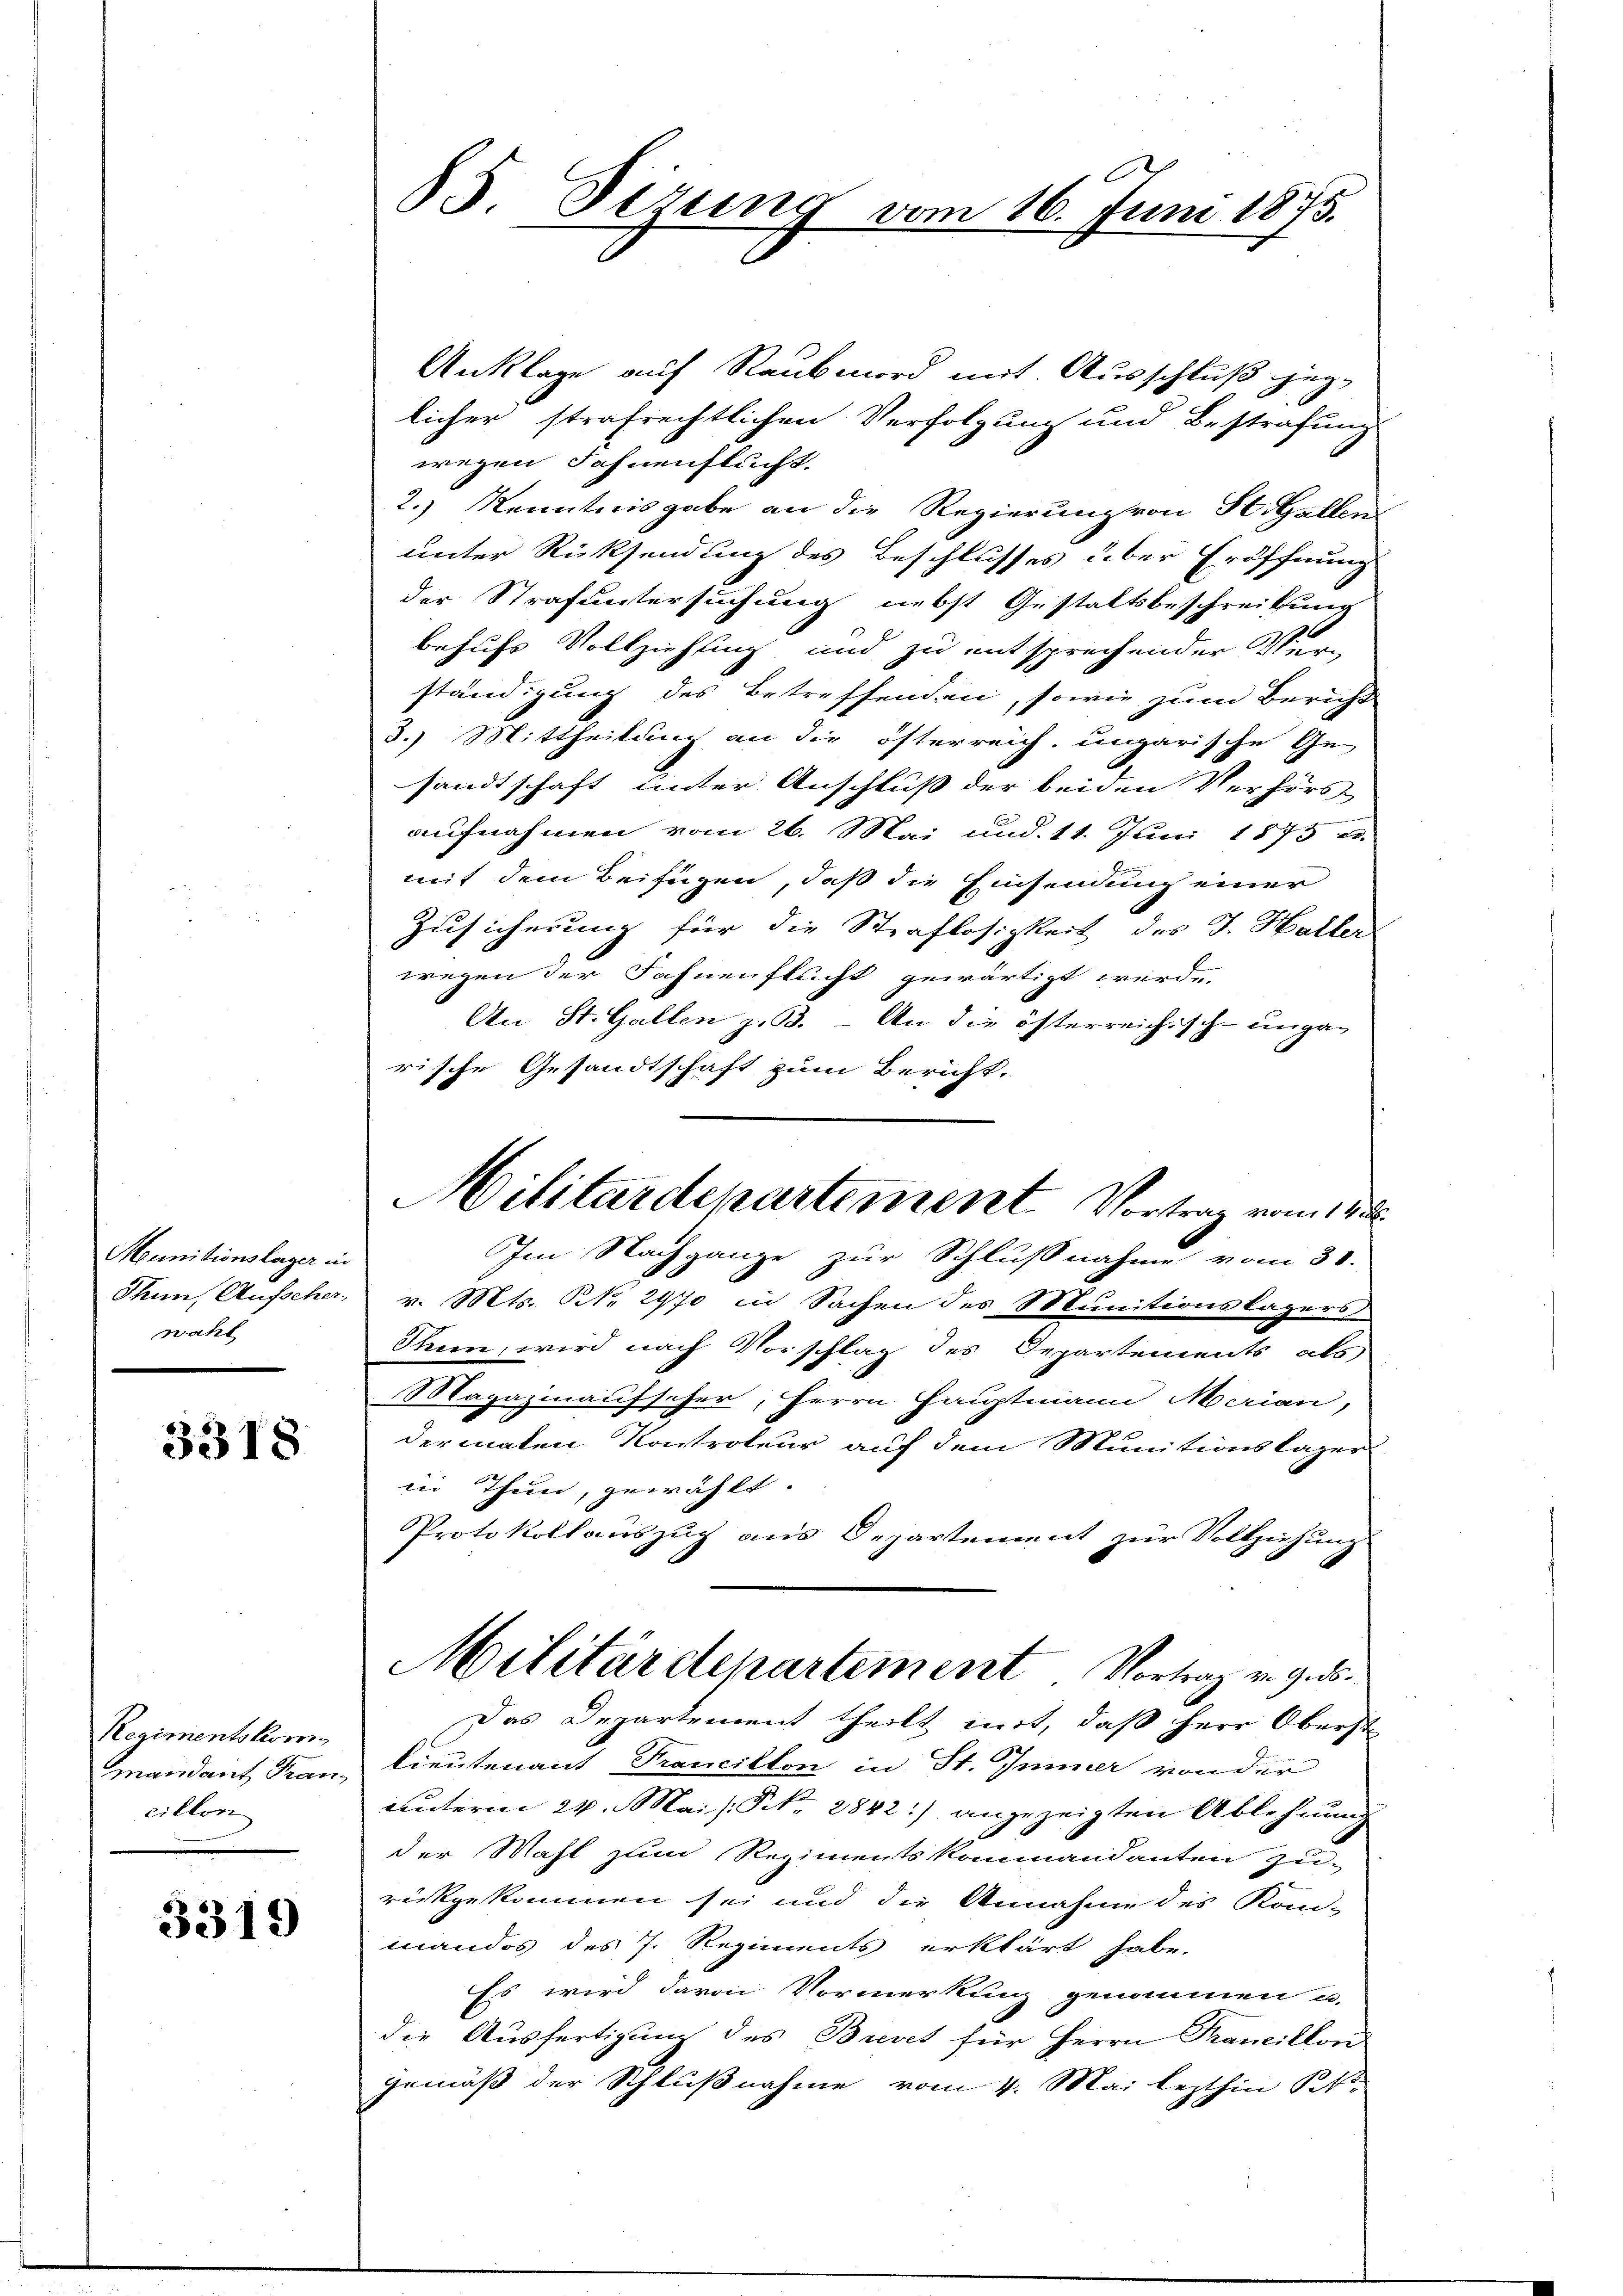
Munitionslager in
Thun, Aufscher
wahl

3318

Regimentskommandant Francillon

3319

85. Sitzung vom 16. Juni 1875.

Anklage auf Raubmord mit Ausschluß geglicher strafrechtlichen Verfolgung und Bestrafung
wegen Fahnenflucht.
2.) Kenntnisgabe an die Regierung von St. Gallen
unter Rücksendung des Beschlusses über Eröffnung
der Strafuntersuchung nebst Gestaltsbeschreibung
behufs Vollziehung und zu entsprechender Verständigung des Betreffenden, sowie zum Bericht
3.) Mittheilung an die österreich ungarische Ge-
sandtschaft unter Anschluß der beiden Verhörs-
aufnahmen vom 26. Mai und 11. Juni 1873 u.
mit dem Beifügen, daß die Einsendung einer
Zusicherung für die Straflosigkeit des J. Haller
wegen der Fahnenflucht gewärtigt werde.
An St. Gallen z. B. - An die österreichisch-ungarische Gesandtschaft zum Bericht.
Im Nachgange zur Schlußnahme vom 30.
v. Mts. NNo. 2970 in Sachen des Munitionslagers
Theen, wird nach Vorschlag des Departements als
Magazinaufscher, Herrn Hauptmann Merian,
dermaten Kontroleur auf dem Munitionslager
in Thun, gewählt.
Protokollauszug aus Departement zur Vollziehung
Militärdepartement Vortrag v. 9. ds.
Das Departement theilt mit, daß Herr Oberst
Lieutenant Francillon in St. Immer von der
unterm 24. Mai s. § 2842.) angezeigten Ablehnung
der Mahl zum Regimentskommandanten zu-
rückgekommen sei und die Annahme des Kom-
mandos des J. Regiments erklärt habe.
Es wird davon Vormerkung genommen u.
die Ausfertigung des Brevet für Herrn Francillon
gemäß der Schlußnahme vom 4. Mai lezthin Pet

Militärdepartement. Vortrag vom 12.